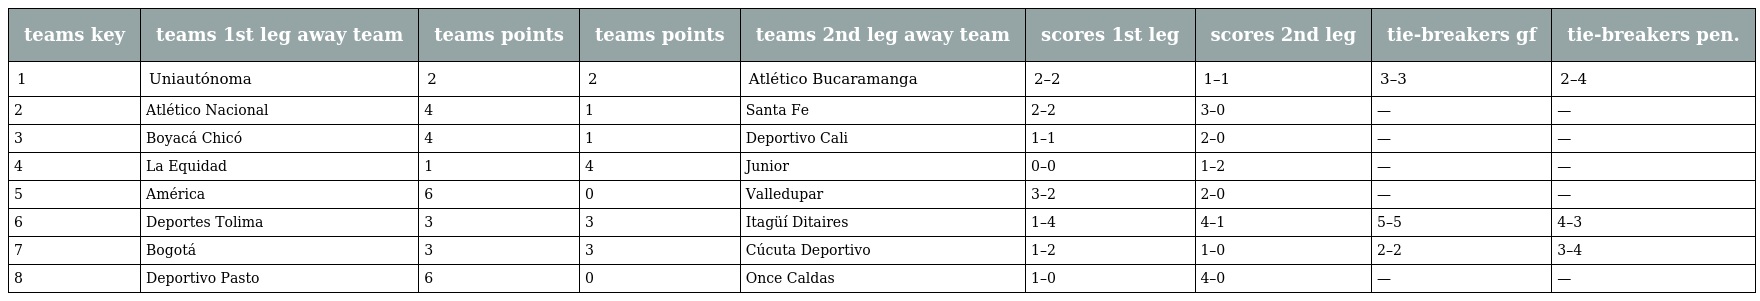
| teams key | teams 1st leg away team | teams points | teams points | teams 2nd leg away team | scores 1st leg | scores 2nd leg | tie-breakers gf | tie-breakers pen. |
 | --- | --- | --- | --- | --- | --- | --- | --- | --- |
 | 1 | Uniautónoma | 2 | 2 | Atlético Bucaramanga | 2–2 | 1–1 | 3–3 | 2–4 |
 | 2 | Atlético Nacional | 4 | 1 | Santa Fe | 2–2 | 3–0 | — | — |
 | 3 | Boyacá Chicó | 4 | 1 | Deportivo Cali | 1–1 | 2–0 | — | — |
 | 4 | La Equidad | 1 | 4 | Junior | 0–0 | 1–2 | — | — |
 | 5 | América | 6 | 0 | Valledupar | 3–2 | 2–0 | — | — |
 | 6 | Deportes Tolima | 3 | 3 | Itagüí Ditaires | 1–4 | 4–1 | 5–5 | 4–3 |
 | 7 | Bogotá | 3 | 3 | Cúcuta Deportivo | 1–2 | 1–0 | 2–2 | 3–4 |
 | 8 | Deportivo Pasto | 6 | 0 | Once Caldas | 1–0 | 4–0 | — | — |